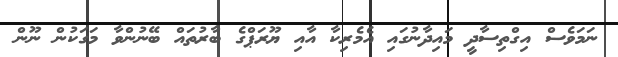
ނަމަވެސް އިގްތިސާދީ މައިދާނުގައި އެމެރިކާ އާއި ޔޫރަޕްގެ ބާރުތައް ބޭނުންވާ މަގަކުން ނޫން